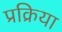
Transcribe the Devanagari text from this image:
प्रक्रिया